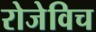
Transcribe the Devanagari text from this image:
रोजेविच